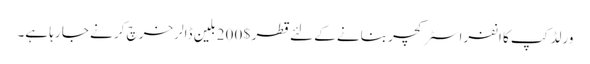
ورلڈ کپ کا انفرا سٹرکچر بنانے کے لئے قطر $ 200 بلین ڈالر خرچ کر نے جا رہا ہے۔